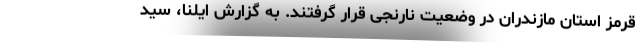
قرمز استان مازندران در وضعیت نارنجی قرار گرفتند. به گزارش ایلنا، سید